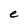
Character: e